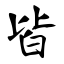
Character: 皆